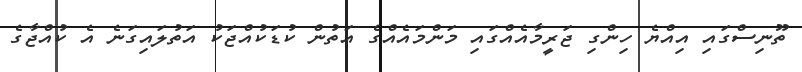
ތޫނިސްގައި އިއްޔެ ހިންގި ޖަރީމާއެއްގައި މަންމައެއްގެ އަތުން ކުޑަކުއްޖަކު އަތުލައިގަނެ އެ ކުއްޖާގެ